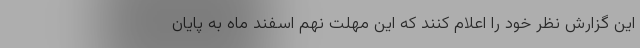
این گزارش نظر خود را اعلام کنند که این مهلت نهم اسفند ماه به پایان